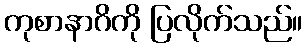
ကုစာနာဂိကို ပြလိုက်သည်။